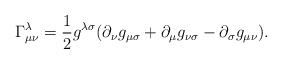
\begin{align*}\Gamma^{\lambda}_{\mu\nu}=\frac{1}{2}g^{\lambda\sigma}( \partial_\nu g_{\mu\sigma}+\partial_\mu g_{\nu\sigma}- \partial_\sigma g_{\mu\nu}).\end{align*}